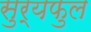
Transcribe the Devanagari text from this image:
सुर्यफुल